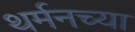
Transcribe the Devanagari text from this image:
थर्मनच्या